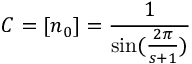
C = [ n _ { 0 } ] = \frac { 1 } { \sin ( \frac { 2 \pi } { s + 1 } ) }